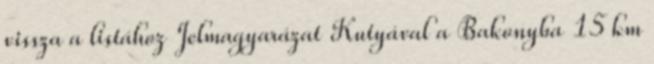
vissza a listához Jelmagyarázat Kutyával a Bakonyba 15 km